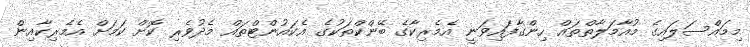
މިމައްސަލައިގެ މުއާމަލާތްތައް ހިންގާފައިވަނީ އެމެރިކާގެ ބޭންކްތަކުގެ އެކައުންޓްތައް މެދުވެރި ކޮށް ކަމަށް އެމެރިކާއިން